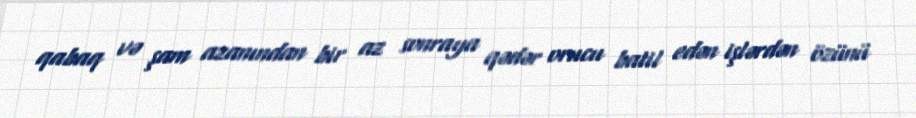
qabaq və şam azanından bir az sonraya qədər orucu batil edən işlərdən özünü